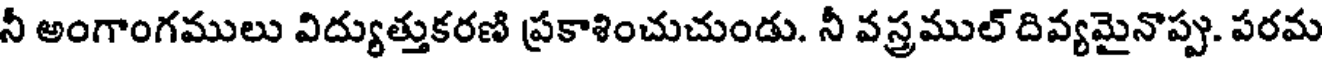
నీ అంగాంగములు విద్యుత్తుకరణి ప్రకాశించుచుండు. నీ వస్త్రముల్ దివ్యమైనొప్పు. పరమ